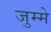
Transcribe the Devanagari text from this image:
जुम्मे